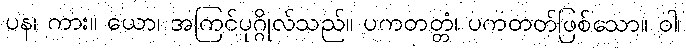
ပန၊ ကား။ ယော၊ အကြင်ပုဂ္ဂိုလ်သည်။ ပကတတ္တံ၊ ပကတတ်ဖြစ်သော။ ဝါ၊